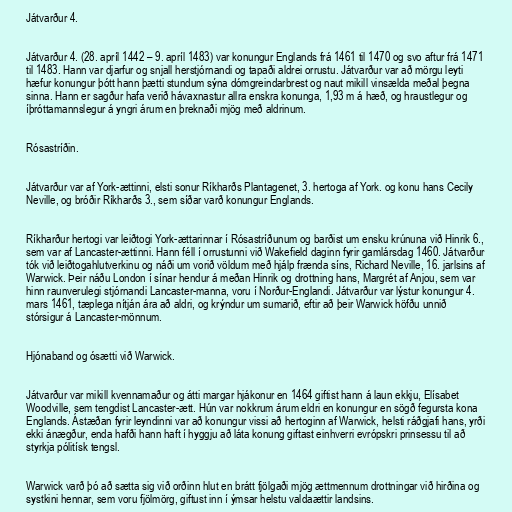
Játvarður 4.

Játvarður 4. (28. apríl 1442 – 9. apríl 1483) var konungur Englands frá 1461 til 1470 og svo aftur frá 1471
til 1483. Hann var djarfur og snjall herstjórnandi og tapaði aldrei orrustu. Játvarður var að mörgu leyti
hæfur konungur þótt hann þætti stundum sýna dómgreindarbrest og naut mikill vinsælda meðal þegna
sinna. Hann er sagður hafa verið hávaxnastur allra enskra konunga, 1,93 m á hæð, og hraustlegur og
íþróttamannslegur á yngri árum en þreknaði mjög með aldrinum.

Rósastríðin.

Játvarður var af York-ættinni, elsti sonur Ríkharðs Plantagenet, 3. hertoga af York. og konu hans Cecily
Neville, og bróðir Ríkharðs 3., sem síðar varð konungur Englands.

Ríkharður hertogi var leiðtogi York-ættarinnar í Rósastríðunum og barðist um ensku krúnuna við Hinrik 6.,
sem var af Lancaster-ættinni. Hann féll í orrustunni við Wakefield daginn fyrir gamlársdag 1460. Játvarður
tók við leiðtogahlutverkinu og náði um vorið völdum með hjálp frænda síns, Richard Neville, 16. jarlsins af
Warwick. Þeir náðu London í sínar hendur á meðan Hinrik og drottning hans, Margrét af Anjou, sem var
hinn raunverulegi stjórnandi Lancaster-manna, voru í Norður-Englandi. Játvarður var lýstur konungur 4.
mars 1461, tæplega nítján ára að aldri, og krýndur um sumarið, eftir að þeir Warwick höfðu unnið
stórsigur á Lancaster-mönnum.

Hjónaband og ósætti við Warwick.

Játvarður var mikill kvennamaður og átti margar hjákonur en 1464 giftist hann á laun ekkju, Elísabet
Woodville, sem tengdist Lancaster-ætt. Hún var nokkrum árum eldri en konungur en sögð fegursta kona
Englands. Ástæðan fyrir leyndinni var að konungur vissi að hertoginn af Warwick, helsti ráðgjafi hans, yrði
ekki ánægður, enda hafði hann haft í hyggju að láta konung giftast einhverri evrópskri prinsessu til að
styrkja pólitísk tengsl.

Warwick varð þó að sætta sig við orðinn hlut en brátt fjölgaði mjög ættmennum drottningar við hirðina og
systkini hennar, sem voru fjölmörg, giftust inn í ýmsar helstu valdaættir landsins.